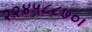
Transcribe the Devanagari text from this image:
२२४५८८७०।